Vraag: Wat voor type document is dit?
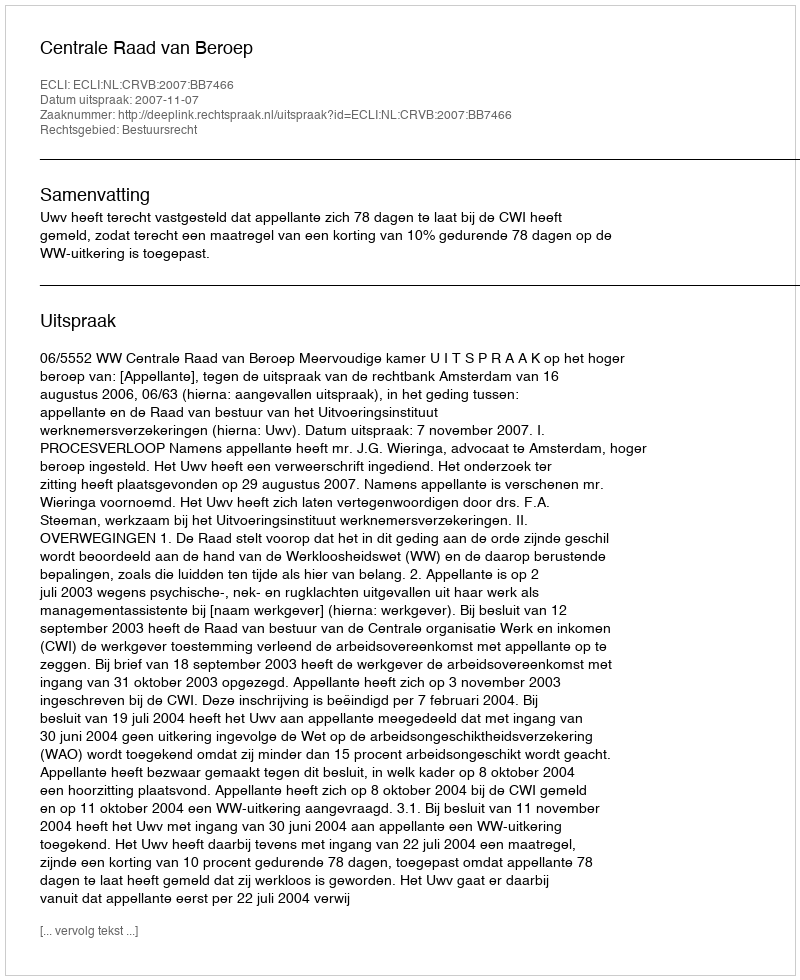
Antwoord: Uitspraak